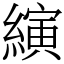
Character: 縯